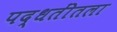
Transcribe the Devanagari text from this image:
पद्धतींतला